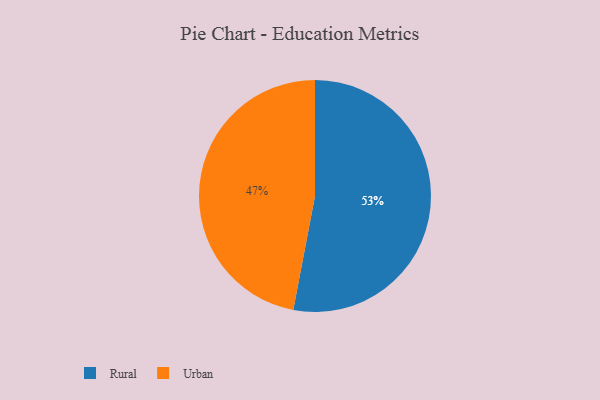
{"axis": {"x": "Category", "y": "Percentage"}, "legend": ["Rural", "Urban"], "data": [{"x": "Rural", "y": 53, "type": "Rural"}, {"x": "Urban", "y": 47, "type": "Urban"}]}